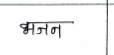
मजकूर: भजन